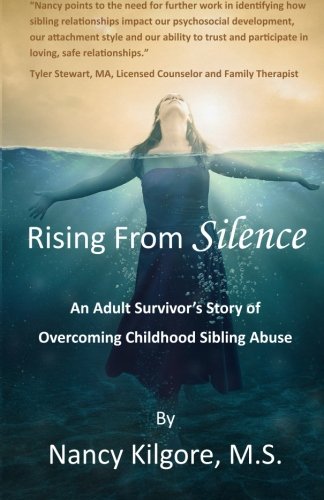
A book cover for Rising From Silence: An Adult Survivor's Story of Overcoming Childhood Sibling Abuse; Nancy Kilgore; Parenting & Relationships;